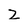
Character: Z